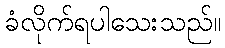
ခံလိုက်ရပါသေးသည်။